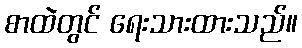
စာထဲတွင် ရေးသားထားသည်။